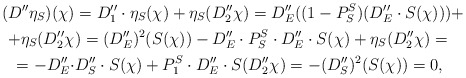
\begin{align*}\begin{aligned}(D''\eta_S)(\chi)&=D_1''\cdot \eta_S(\chi)+\eta_S(D_2''\chi)=D_E''((1-P_S^S)(D_E''\cdot S(\chi)))+\\+\eta_S(D_2''\chi&)=(D_E'')^2(S(\chi))-D_E''\cdot P_S^S\cdot D_E''\cdot S(\chi)+\eta_S(D_2''\chi)=\\=-D_E''\cdot &D_S''\cdot S(\chi)+P_1^S\cdot D_E''\cdot S(D_2''\chi)=-(D_S'')^2(S(\chi))=0,\end{aligned}\end{align*}